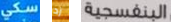
سكي زد البنفسجية